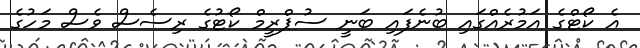
އެ ކޯޓްގެ އަމުރެއްގައި ބުނެފައި ބަނީ ސުޕްރީމް ކޯޓުގެ ރިސެސް ވެސް މަހުގެ